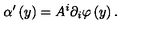
\alpha ^ { \prime } \left( y \right) = A ^ { i } \partial _ { i } \varphi \left( y \right) .